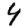
Digit: 4